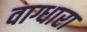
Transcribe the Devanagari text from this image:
वाग्धारा